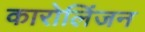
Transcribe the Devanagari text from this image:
कारोलिंजन